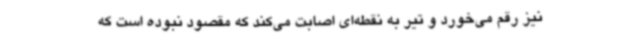
نیز رقم می‌خورد و تیر به نقطه‌ای اصابت می‌کند که مقصود نبوده است که